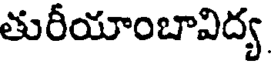
తురీయాంబావిద్య